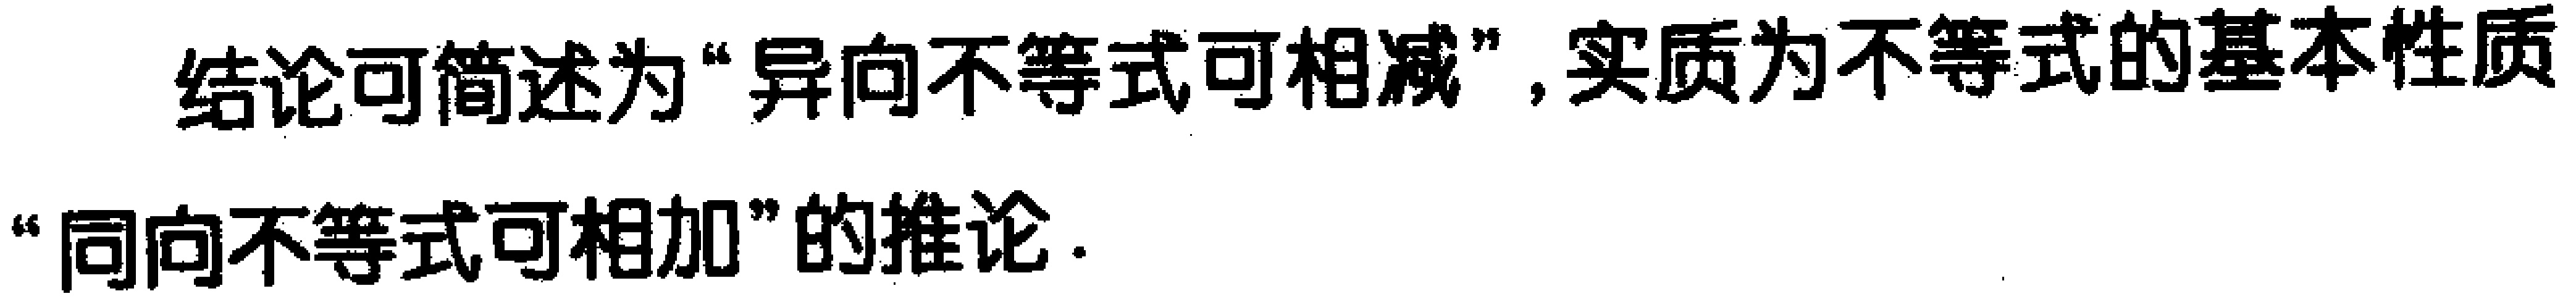
结论可简述为“异向不等式可相减”, 实质为不等式的基本性质“同向不等式可相加”的推论.